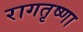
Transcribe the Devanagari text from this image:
रागतृष्णा